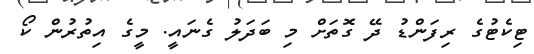
ޓިކެޓުގެ ރިފަންޑު ދޭ ގޮތަށް މި ބަދަލު ގެނައީ. މީގެ އިތުރުން ކޯ